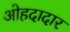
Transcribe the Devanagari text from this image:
ओहदादार